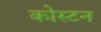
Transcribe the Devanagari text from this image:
कोस्टन